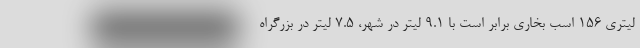
لیتری 156 اسب بخاری برابر است با 9.1 لیتر در شهر، 7.5 لیتر در بزرگراه